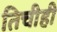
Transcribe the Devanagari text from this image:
तिचीही